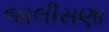
જાલીસણા